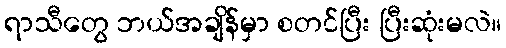
ရာသီတွေ ဘယ်အချိန်မှာ စတင်ပြီး ပြီးဆုံးမလဲ။